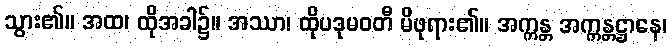
သွား၏။ အထ၊ ထိုအခါ၌။ အဿာ၊ ထိုပဒုမဝတီ မိဖုရား၏။ အက္ကန္တ အက္ကန္တဋ္ဌာနေ၊